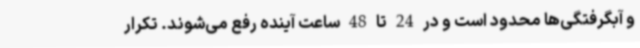
و آبگرفتگی‌ها محدود است و در 24 تا 48 ساعت آینده رفع می‌شوند. تکرار